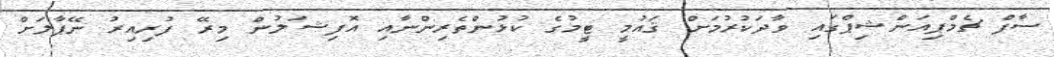
ސާފް ޗެމްޕިއަންޝިޕްގައި ވާދަކުރުމަށް ޤައުމީ ޓީމުގެ ކުޅުންތެރިންނާއި އޮފިޝަލުން މިރޭ ފުރިއިރު ނޭޕާލަށް